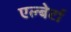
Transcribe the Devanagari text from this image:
एल्बेर्टा